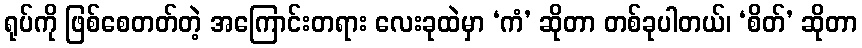
ရုပ်ကို ဖြစ်စေတတ်တဲ့ အကြောင်းတရား လေးခုထဲမှာ ‘ကံ’ ဆိုတာ တစ်ခုပါတယ်၊ ‘စိတ်’ ဆိုတာ